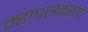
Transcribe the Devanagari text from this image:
म्हापसेकरांचे